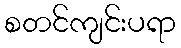
စတင်ကျင်းပရာ